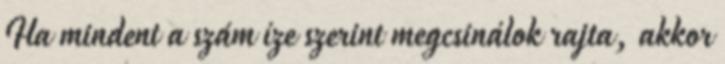
Ha mindent a szám íze szerint megcsinálok rajta, akkor